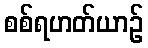
စစ်ရဟတ်ယာဉ်